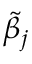
\tilde { \beta } _ { j }